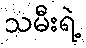
သမီးရဲ့